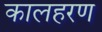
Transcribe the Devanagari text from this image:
कालहरण